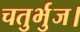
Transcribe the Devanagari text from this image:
चतुर्भुज।